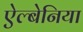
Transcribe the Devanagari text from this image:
ऐल्बेनिया